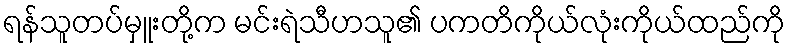
ရန်သူတပ်မှူးတို့က မင်းရဲသီဟသူ၏ ပကတိကိုယ်လုံးကိုယ်ထည်ကို